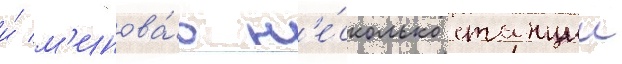
и́ м'инова́в н'е́сколько станции